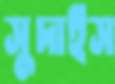
সুদাইস